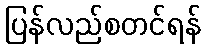
ပြန်လည်စတင်ရန်